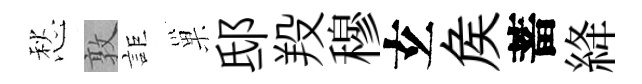
愁敦詎巢邸羖穆𤣥矦蓄絳